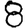
Digit: 8